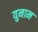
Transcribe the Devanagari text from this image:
युनाम